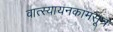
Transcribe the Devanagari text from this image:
वात्स्यायनकामसूत्र